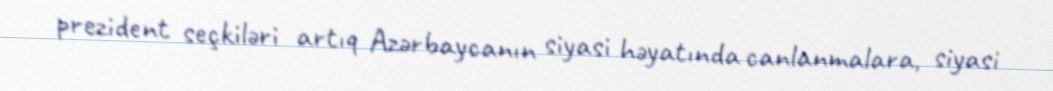
prezident seçkiləri artıq Azərbaycanın siyasi həyatında canlanmalara, siyasi